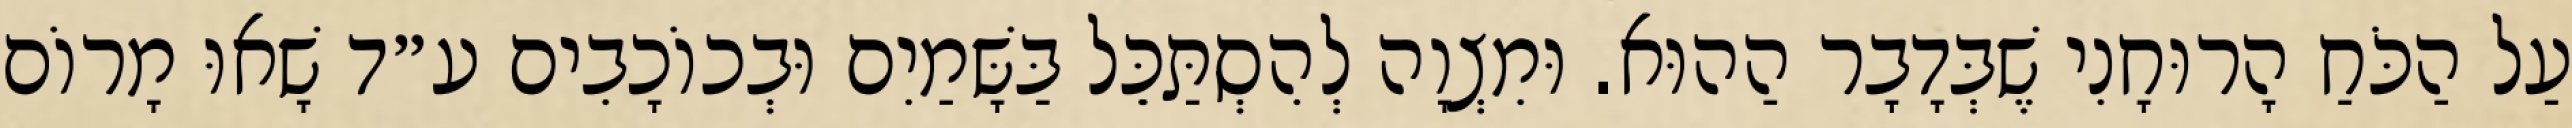
עַל הַכֹּחַ הָרוּחָנִי שֶׁבְּדָבָר הַהוּא. וּמִצְוָה לְהִסְתַּכֵּל בַּשָּׁמַיִם וּבְכוֹכָבִים ע״ד שָׁאוּ מָרוֹם